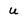
Character: u